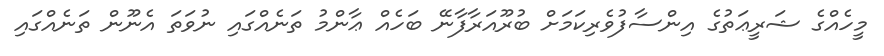
މީހެއްގެ ޝަރީޢަތުގެ އިންސާފުވެރިކަމަށް ބުރޫއަރާފާނޭ ބަހެއް ޢާންމު ތަނެއްގައި ނުވަތަ އެނޫން ތަނެއްގައި